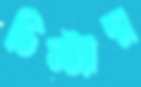
ডিস্ট্যান্স